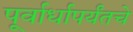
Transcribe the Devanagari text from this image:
पूर्वार्धापर्यंतचे